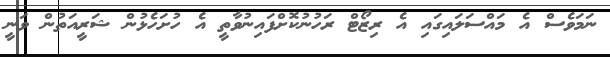
ނަމަވެސް އެ މައްސަލައިގައި އެ ރިޒޯޓް ރަހުނުކޮށްފައިނުވާތީ އެ ހުށަހެޅުން ޝަރީއަތުން ވަނީ